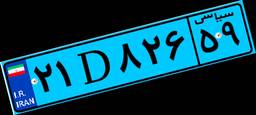
۳۸D۶۳۲۰۴